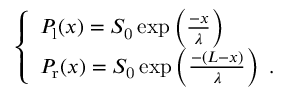
\left\{ \begin{array} { l l } { P _ { \mathrm { l } } ( x ) = S _ { \mathrm { 0 } } \exp \left( \frac { - x } { \lambda } \right) } \\ { P _ { \mathrm { r } } ( x ) = S _ { \mathrm { 0 } } \exp \left( \frac { - ( L - x ) } { \lambda } \right) \ . } \end{array} \right.